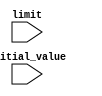
module decremental_for_loop (
    input wire [7:0] initial_value,
    input wire [7:0] limit
);

reg [7:0] counter;
reg [7:0] value;

always @(posedge clk or negedge rst_n) begin
    if (~rst_n) begin
        counter <= 0;
        value <= initial_value;
    end else begin
        if (counter < limit) begin
            // Perform operations within the loop body here
            value <= value - 1;
            counter <= counter + 1;
        end
    end
end

endmodule